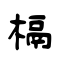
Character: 槅